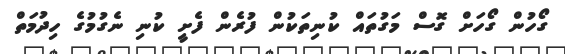
ގޯހުން ގޯހަށް ގޮސް މަގުތައް ކުނިތަކުން ފުރެން ފެށީ ކުނި ނެގުމުގެ ހިދުމަތް